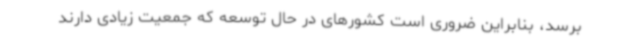
برسد، بنابراین ضروری است کشورهای در حال توسعه که جمعیت زیادی دارند